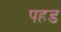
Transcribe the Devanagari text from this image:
पहड